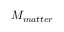
M _ { m a t t e r }